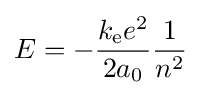
E=-{\frac {k_{\mathrm {e} }e^{2}}{2a_{0}}}{\frac {1}{n^{2}}}